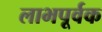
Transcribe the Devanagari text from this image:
लाभपूर्वक